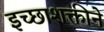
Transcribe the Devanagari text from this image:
इच्छाशक्तीने